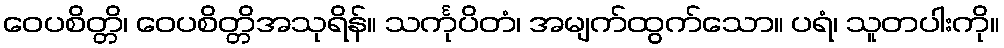
ဝေပစိတ္တိ၊ ဝေပစိတ္တိအသုရိန်။ သင်္ကုပိတံ၊ အမျက်ထွက်သော။ ပရံ၊ သူတပါးကို။